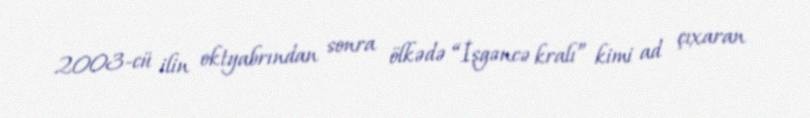
2003-cü ilin oktyabrından sonra ölkədə “İşgəncə kralı” kimi ad çıxaran